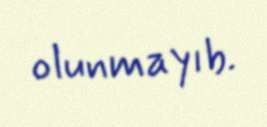
olunmayıb.